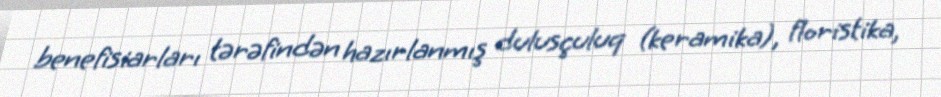
benefisiarları tərəfindən hazırlanmış dulusçuluq (keramika), floristika,